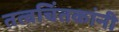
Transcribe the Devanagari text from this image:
तत्वचिंतकांनी